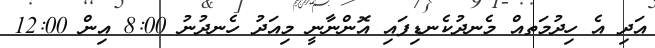
އަދި އެ ހިދުމަތއް މެނދުކެނޑިފައި އޮންނާނީ މިއަދު ހެނދުނު 8:00 އިން 12:00